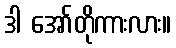
ဒါ အော်တိုကားလား။